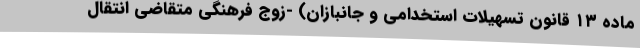
ماده ۱۳ قانون تسهیلات استخدامی و جانبازان) -زوج فرهنگی متقاضی انتقال